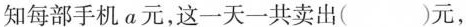
知每部手机a元，这一天一共卖出（）元